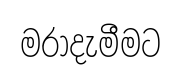
මරාදැමීමට